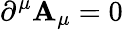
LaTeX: \partial^{\mu}\mathbf{A}_{\mu}=0